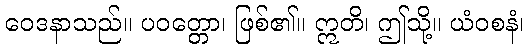
ဝေဒနာသည်။ ပဝတ္တော၊ ဖြစ်၏။ ဣတိ၊ ဤသို့။ ယံဝစနံ၊